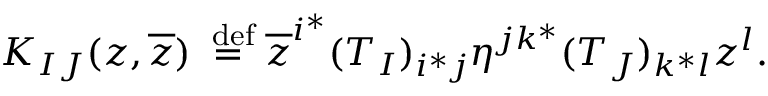
K _ { I J } ( z , \overline { { z } } ) \stackrel { \mathrm { \scriptsize ~ d e f } } { = } \overline { { z } } ^ { i ^ { * } } ( T _ { I } ) _ { i ^ { * } j } \eta ^ { j k ^ { * } } ( T _ { J } ) _ { k ^ { * } l } z ^ { l } .